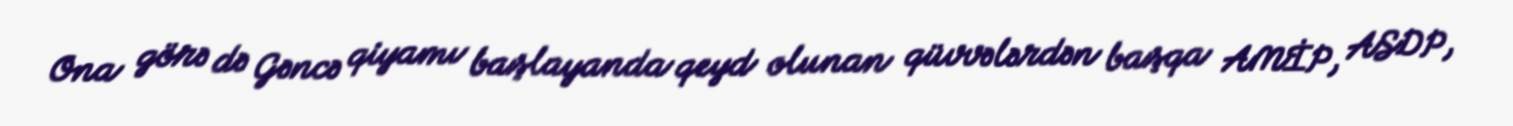
Ona görə də Gəncə qiyamı başlayanda qeyd olunan qüvvələrdən başqa AMİP, ASDP,